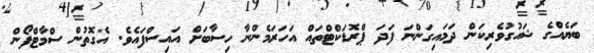
ބަޔެއްގެ ޝައުގުވެރިކަން ދަމައިގަންނަ ފަދަ ޕްރޮޑަކްޓްތައް އަހަރަމެންނާ ހިސާބަށް އައިސްފައެވެ. އެގޮތުން ސްމާާޓްފޯން